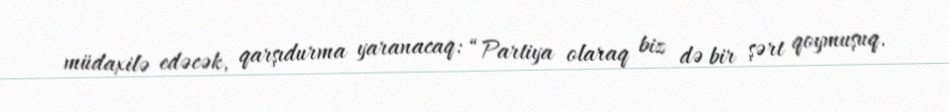
müdaxilə edəcək, qarşıdurma yaranacaq: “Partiya olaraq biz də bir şərt qoymuşuq.